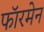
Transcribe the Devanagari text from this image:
फॉरमेन